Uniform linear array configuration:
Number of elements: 48
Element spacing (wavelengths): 1
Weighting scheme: binomial
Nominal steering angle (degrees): -30
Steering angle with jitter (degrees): -30.527
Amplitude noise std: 0.05
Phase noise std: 0.05

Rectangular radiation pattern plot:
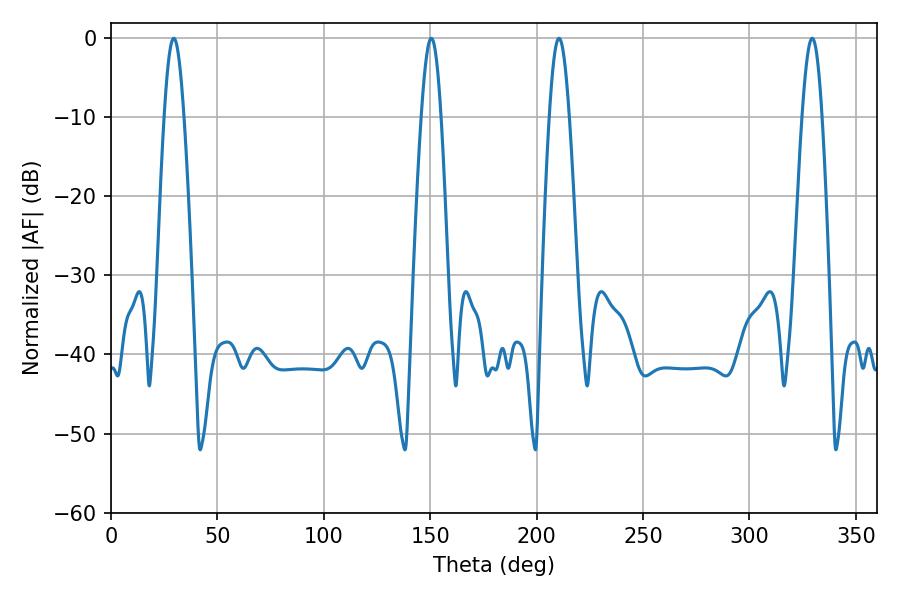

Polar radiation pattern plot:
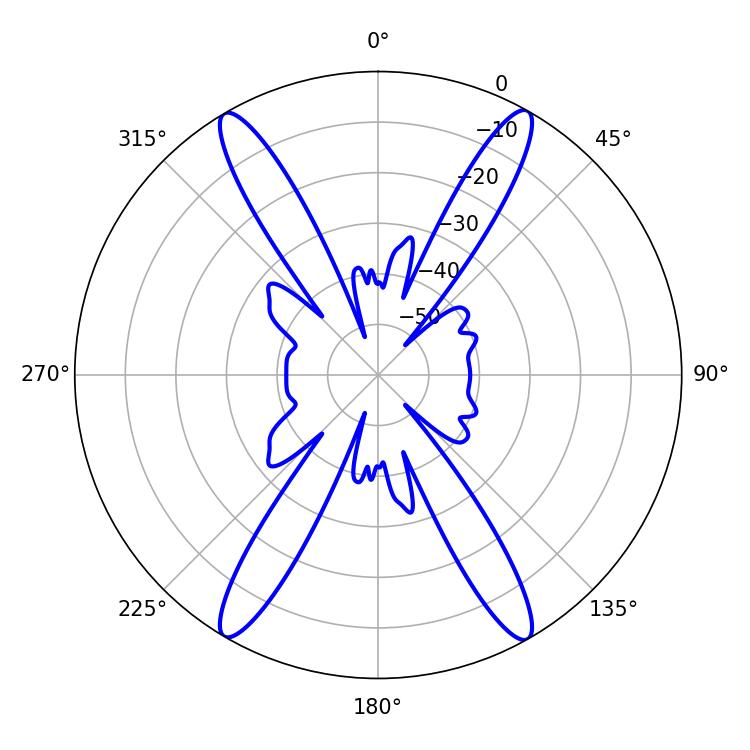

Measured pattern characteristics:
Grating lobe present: TRUE
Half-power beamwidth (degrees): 5.04
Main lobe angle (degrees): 29.52